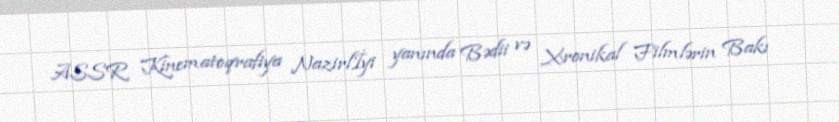
ASSR Kinematoqrafiya Nazirlİyi yanında Bədii və Xronikal Filmlərin Bakı